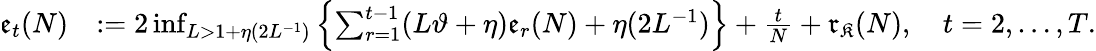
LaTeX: \begin{array}{rl}{\mathfrak{e}_{t}(N)}&{:=2\operatorname*{inf}_{L>1+\eta(2L^{-1})}\left\{ \sum_{r=1}^{t-1}(L\vartheta+\eta)\mathfrak{e}_{r}(N)+\eta(2L^{-1})\right\} +\frac{t}{N}+\mathfrak{r}_{\mathfrak{K}}(N),\quad t=2,\dots,T.}\end{array}